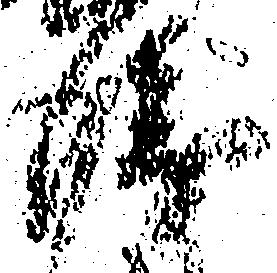
衛